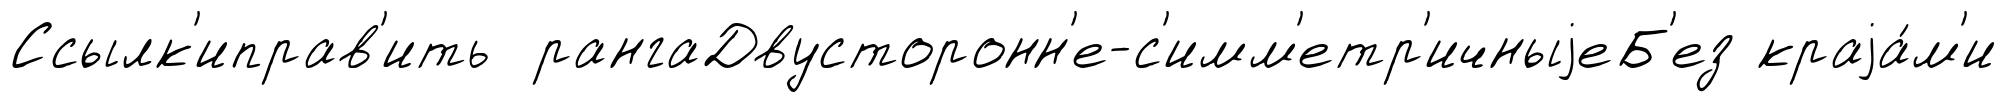
Ссылк'иправ'ить рангаДвусторонн'е-с'имм'етр'ичныjеБ'ез краjа́м'и